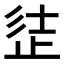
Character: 𣥲